Vaccination in Bombay 1863-1868 - 1863-1868
Year: 1863
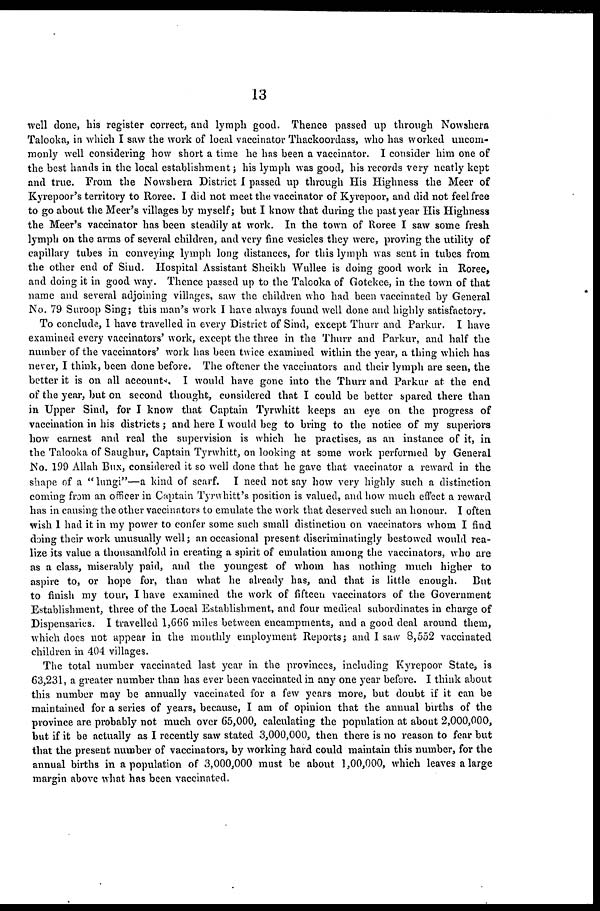
13
well done, his register correct, and lymph good. Thence passed up through Nowshera
Talooka, in which I saw the work of local vaccinator Thackoordass, who has worked uncom-
monly well considering how short a time he has been a vaccinator. I consider him one of
the best hands in the local establishment ; his lymph was good, his records very neatly kept
and true. From the Nowshera District I passed up through His Highness the Meer of
Kyrepoor's territory to Roree. I did not meet the vaccinator of Kyrepoor, and did not feel free
to go about the Meer's villages by myself; but I know that during the past year His Highness
the Meer's vaccinator has been steadily at work. In the town of Roree I saw some fresh
lymph on the arms of several children, and very fine vesicles they were, proving the utility of
capillary tubes in conveying lymph long distances, for this lymph was sent in tubes from
the other end of Sind. Hospital Assistant Sheikh Wallee is doing good work in Roree,
and doing it in good way. Thence passed up to the Talooka of Gotekee, in the town of that
name and several adjoining villages, saw the children who had been vaccinated by General
No. 79 Suroop Sing; this man's work I have always found well done and highly satisfactory.
To conclude, I have travelled in every District of Sind, except Thurr and Parkur. I have
examined every vaccinators' work, except the three in the Thurr and Parkur, and half the
number of the vaccinators' work has been twice examined within the year, a thing which has
never, I think, been done before. The oftener the vaccinators and their lymph are seen, the
better it is on all accounts. I would have gone into the Thurr and Parkur at the end
of the year, but on second thought, considered that I could be better spared there than
in Upper Sind, for I know that Captain Tyrwhitt keeps an eye on the progress of
vaccination in his districts; and here I would beg to bring to the notice of my superiors
how earnest and real the supervision is which he practises, as an instance of it, in
the Talooka of Saughur, Captain Tyrwhitt, on looking at some work performed by General
No. 199 Allah Bux, considered it so well done that he gave that vaccinator a reward in the
shape of a " lungi"—a kind of scarf. I need not say how very highly such a distinction
coming from an officer in Captain Tyrwhitt's position is valued, and how much effect a reward
has in causing the other vaccinators to emulate the work that deserved such an honour. I often
wish 1 had it in my power to confer some such small distinction on vaccinators whom I find
doing their work unusually well; an occasional present discriminatingly bestowed would rea-
lize its value a thousandfold in creating a spirit of emulation among the vaccinators, who are
as a class, miserably paid, and the youngest of whom has nothing much higher to
aspire to, or hope for, than what he already has, and that is little enough.
But
to finish my tour, I have examined the work of fifteen vaccinators of the Government
Establishment, three of the Local Establishment, and four medical subordinates in charge of
Dispensaries. I travelled 1,666 miles between encampments, and a good deal around them,
which does not appear in the monthly employment Reports; and I saw 8,552 vaccinated
children in 404 villages.
The total number vaccinated last year in the provinces, including Kyrepoor State, is
63,231, a greater number than has ever been vaccinated in any one year before. I think about
this number may be annually vaccinated for a few years more, but doubt if it can be
maintained for a series of years, because, I am of opinion that the annual births of the
province are probably not much over 65,000, calculating the population at about 2,000,000,
but if it be actually as I recently saw stated 3,000,000, then there is no reason to fear but
that the present number of vaccinators, by working hard could maintain this number, for the
annual births in a population of 3,000,000 must be about 1,00,000, which leaves a large
margin above what has been vaccinated.